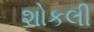
શોકલી